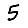
Digit: 5